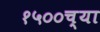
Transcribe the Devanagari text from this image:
१५००च्या